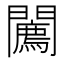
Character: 𨷓